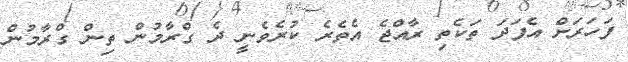
ފަހަރަށް އެފަދަ ތަކެތި ރާއްޖެ އެތެރެ ކުރެވެނީ ދެ ގްރާމުން ތިން ގްރާމުން